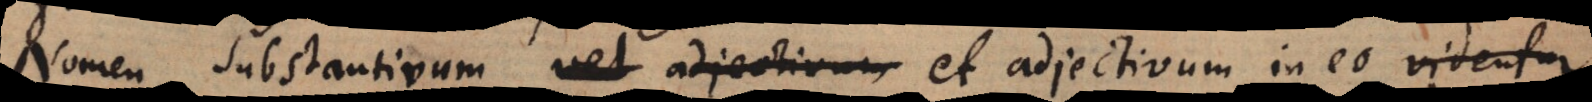
Nomen substantivum vel adjectivum et adjectivum in eo videntur